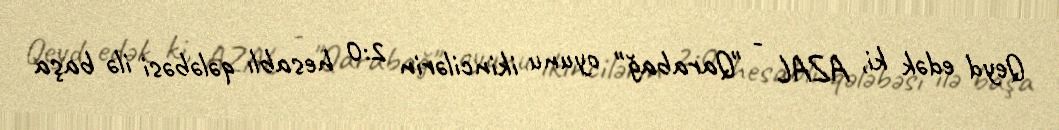
Qeyd edək ki, AZAL - "Qarabağ" oyunu ikincilərin 2:0 hesablı qələbəsi ilə başa